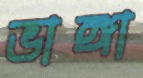
ভাঙ্গা